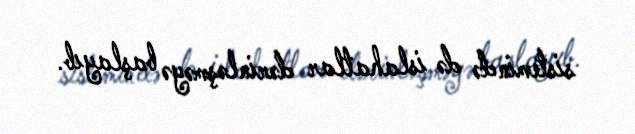
sistemində də islahatlar dərinləşməyə başlayıb.